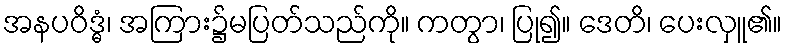
အနပဝိဒ္ဓံ၊ အကြား၌မပြတ်သည်ကို။ ကတွာ၊ ပြု၍။ ဒေတိ၊ ပေးလှူ၏။